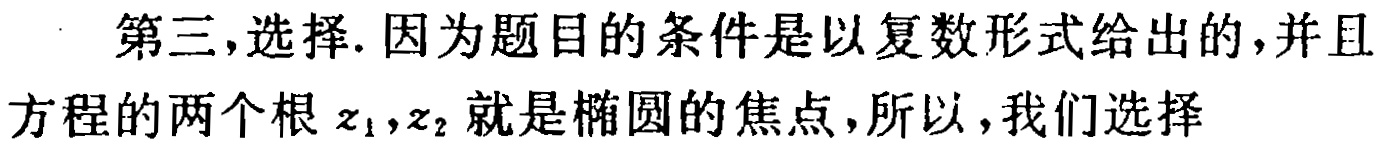
第三,选择.因为题目的条件是以复数形式给出的,并且方程的两个根\(z_1,z_2\)就是椭圆的焦点,所以,我们选择